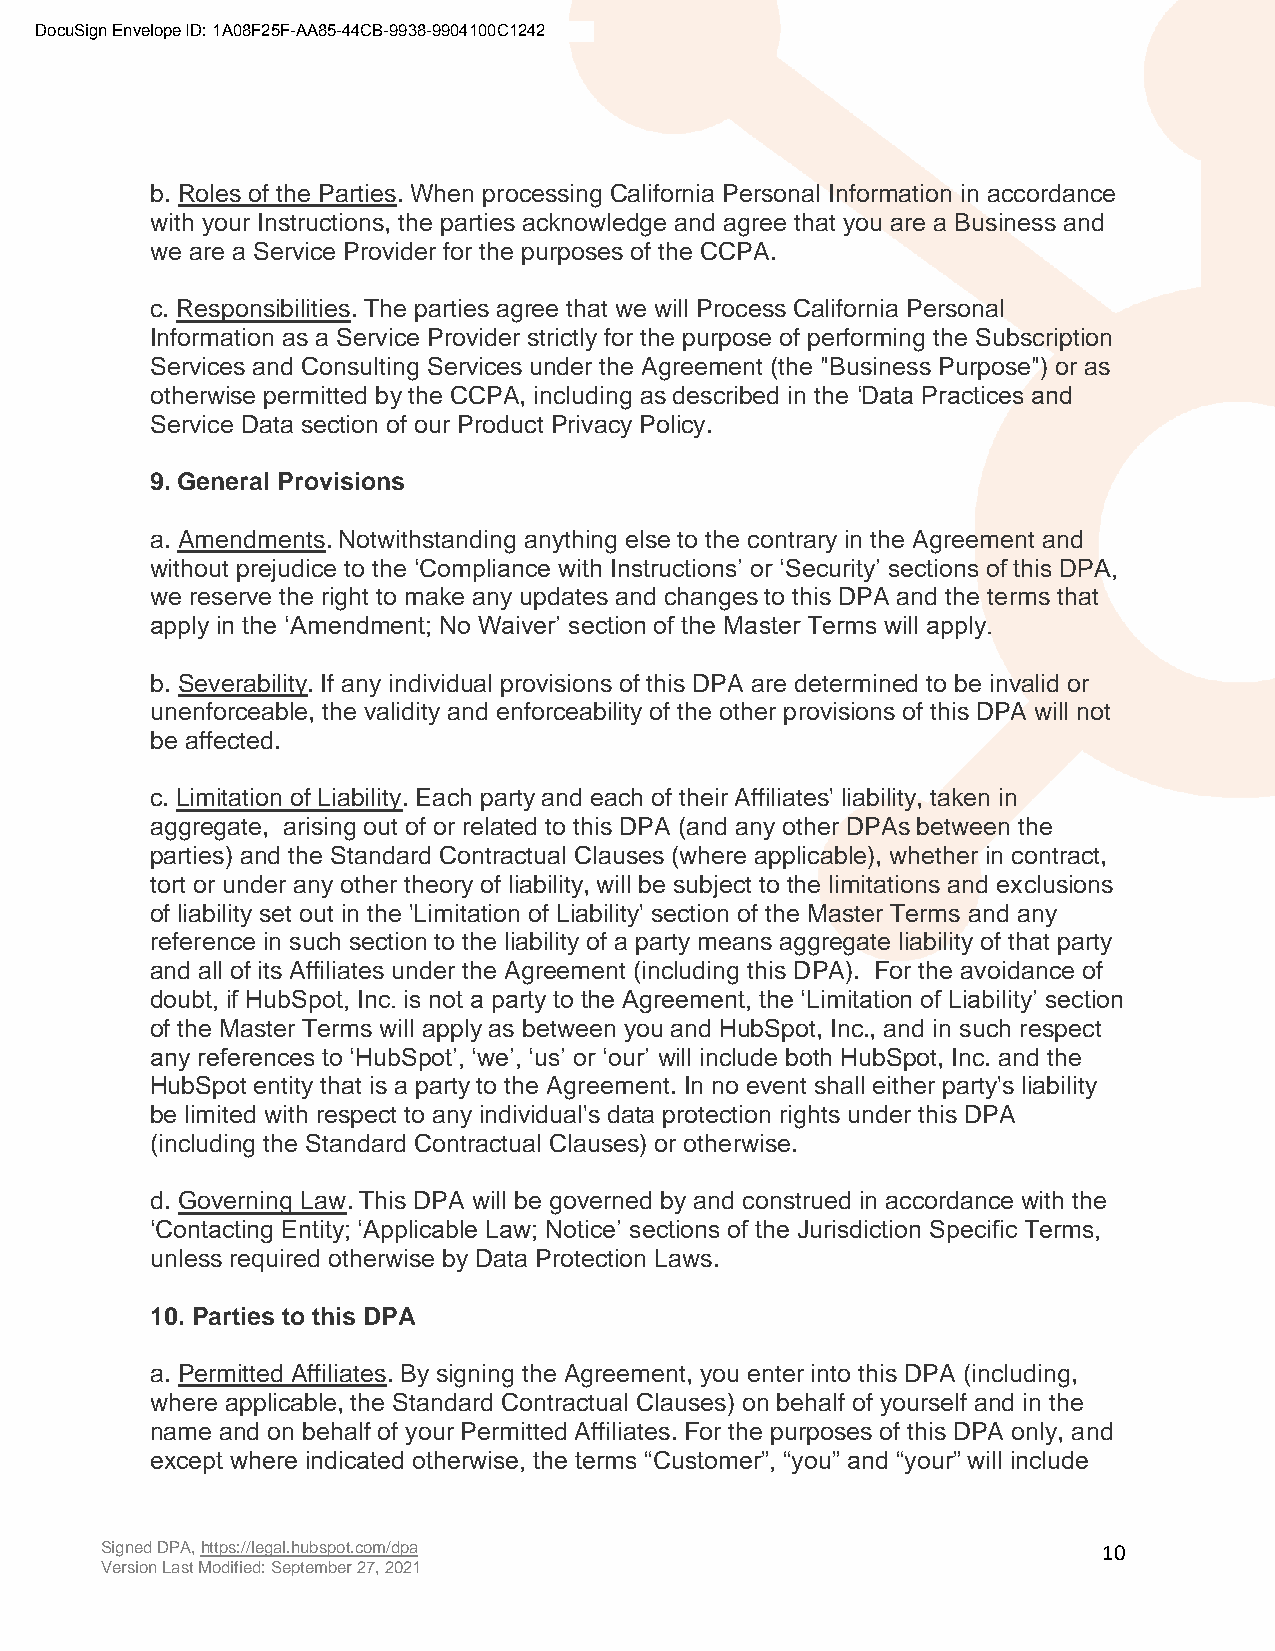
DocuSign Envelope ID: 1A08F25F-AA85-44CB-9938-9904100C1242
 b. Roles of the Parties. When processing California Personal Information in accordance
 with your Instructions, the parties acknowledge and agree that you are a Business and
 we are a Service Provider for the purposes of the CCPA.
 c. Responsibilities. The parties agree that we will Process California Personal
 Information as a Service Provider strictly for the purpose of performing the Subscription
 Services and Consulting Services under the Agreement (the "Business Purpose") or as
 otherwise permitted by the CCPA, including as described in the ‘Data Practices and
 Service Data section of our Product Privacy Policy.
 9. General Provisions
 a. Amendments. Notwithstanding anything else to the contrary in the Agreement and
 without prejudice to the ‘Compliance with Instructions’ or ‘Security’ sections of this DPA,
 we reserve the right to make any updates and changes to this DPA and the terms that
 apply in the ‘Amendment; No Waiver’ section of the Master Terms will apply.
 b. Severability. If any individual provisions of this DPA are determined to be invalid or
 unenforceable, the validity and enforceability of the other provisions of this DPA will not
 be affected.
 c. Limitation of Liability. Each party and each of their Affiliates' liability, taken in
 aggregate, arising out of or related to this DPA (and any other DPAs between the
 parties) and the Standard Contractual Clauses (where applicable), whether in contract,
 tort or under any other theory of liability, will be subject to the limitations and exclusions
 of liability set out in the 'Limitation of Liability' section of the Master Terms and any
 reference in such section to the liability of a party means aggregate liability of that party
 and all of its Affiliates under the Agreement (including this DPA). For the avoidance of
 doubt, if HubSpot, Inc. is not a party to the Agreement, the ‘Limitation of Liability’ section
 of the Master Terms will apply as between you and HubSpot, Inc., and in such respect
 any references to ‘HubSpot’, ‘we’, ‘us’ or ‘our’ will include both HubSpot, Inc. and the
 HubSpot entity that is a party to the Agreement. In no event shall either party's liability
 be limited with respect to any individual's data protection rights under this DPA
 (including the Standard Contractual Clauses) or otherwise.
 d. Governing Law. This DPA will be governed by and construed in accordance with the
 ‘Contacting Entity; ‘Applicable Law; Notice’ sections of the Jurisdiction Specific Terms,
 unless required otherwise by Data Protection Laws.
 10. Parties to this DPA
 a. Permitted Affiliates. By signing the Agreement, you enter into this DPA (including,
 where applicable, the Standard Contractual Clauses) on behalf of yourself and in the
 name and on behalf of your Permitted Affiliates. For the purposes of this DPA only, and
 except where indicated otherwise, the terms “Customer”, “you” and “your” will include
 Signed DPA, https://legal.hubspot.com/dpa                         10
 Version Last Modified: September 27, 2021